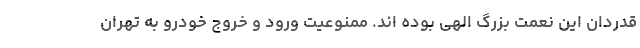
قدردان این نعمت بزرگ الهی بوده اند. ممنوعیت ورود و خروج خودرو به تهران